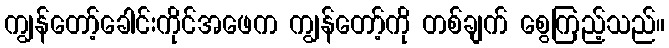
ကျွန်တော့်ခေါင်းကိုင်အဖေက ကျွန်တော့်ကို တစ်ချက် စွေကြည့်သည်။